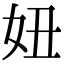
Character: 妞